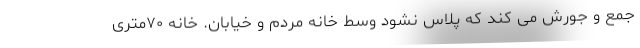
جمع و جورش می کند که پلاس نشود وسط خانه مردم و خیابان. خانه ۷۰متری